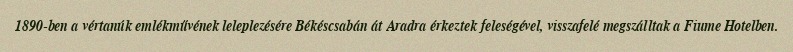
1890-ben a vértanúk emlékművének leleplezésére Békéscsabán át Aradra érkeztek feleségével, visszafelé megszálltak a Fiume Hotelben.